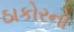
ઠાકોરનો